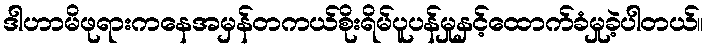
ဒါဟာမိဖုရားကနေအမှန်တကယ်စိုးရိမ်ပူပန်မှုနှင့်ထောက်ခံမှုခဲ့ပါတယ်။